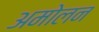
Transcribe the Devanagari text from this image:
अमोलन